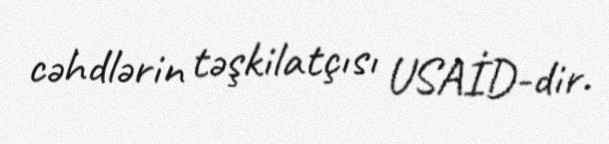
cəhdlərin təşkilatçısı USAİD-dir.